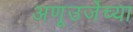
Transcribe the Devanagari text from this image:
अणूउर्जेच्या